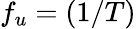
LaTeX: f_{u}=(1/T)